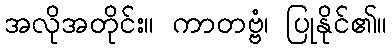
အလိုအတိုင်း။ ကာတဗ္ဗံ၊ ပြုနိုင်၏။